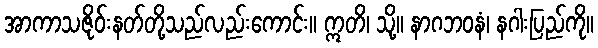
အာကာသဇိုဝ်းနတ်တို့သည်လည်းကောင်း။ ဣတိ၊ သို့။ နာဂဘဝနံ၊ နဂါးပြည်ကို။